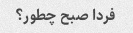
فردا صبح چطور؟